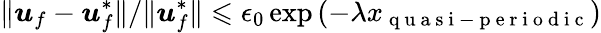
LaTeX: \| \boldsymbol{u}_{f}-\boldsymbol{u}_{f}^{*}\| /\| \boldsymbol{u}_{f}^{*}\| \leqslant\epsilon_{0}\exp\left(-\lambda x_{\mathrm{~q~u~a~s~i~-~p~e~r~i~o~d~i~c~}}\right)